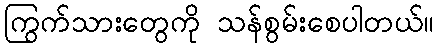
ကြွက်သားတွေကို သန်စွမ်းစေပါတယ်။